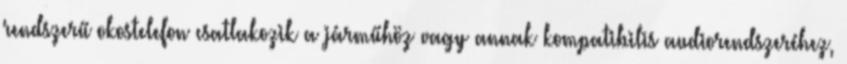
rendszerű okostelefon csatlakozik a járműhöz vagy annak kompatibilis audiorendszeréhez,